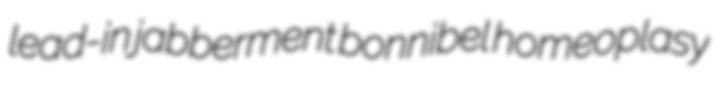
lead-in jabberment bonnibel homeoplasy